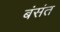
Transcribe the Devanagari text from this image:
बंसंत